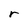
Character: r